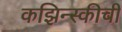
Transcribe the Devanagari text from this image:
कझिन्स्कीची